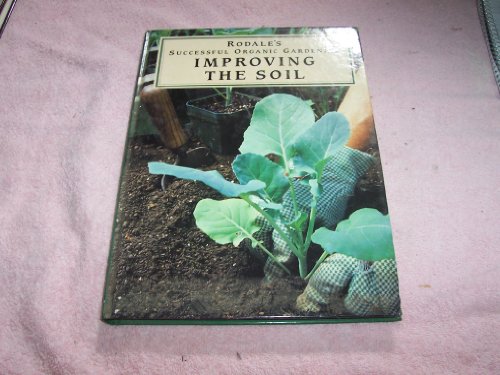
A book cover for Rodale's Successful Organic Gardening: Improving the Soil; Erin Hynes; Crafts, Hobbies & Home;